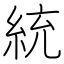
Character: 統